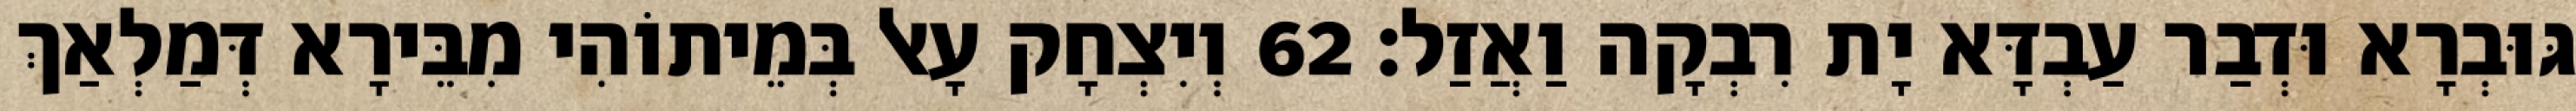
גּוּבְרָא וּדְבַר עַבְדָּא יָת רִבְקָה וַאֲזַל׃ 62 וְיִצְחָק עָאל בְּמֵיתוֹהִי מִבֵּירָא דְּמַלְאַךְ